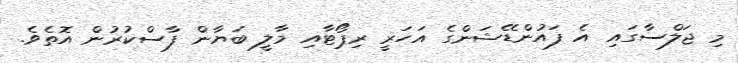
މި ޖަލްސާގައި އެ ފައުންޑޭޝަންގެ އަހަރީ ރިޕޯޓާއި މާލީ ބަޔާން ފާސްކުރުން އޮތެވެ.